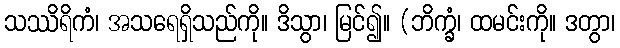
သဿိရိကံ၊ အသရေရှိသည်ကို။ ဒိသွာ၊ မြင်၍။ (ဘိက္ခံ၊ ထမင်းကို။ ဒတွာ၊